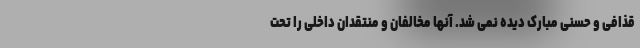
قذافی و حسنی مبارک دیده نمی شد. آنها مخالفان و منتقدان داخلی را تحت